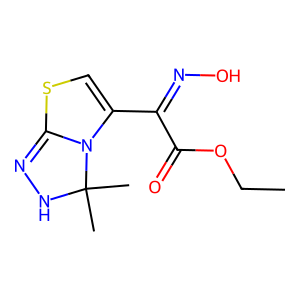
SMILES: CCOC(=O)C(=NO)C1=CSC2=NNC(C)(C)N12
Inhibits HIV replication: No